Annual report on the mental hospital in the Central Provinces and Berar (Nagpur) - 1927-1951
Year: 1927
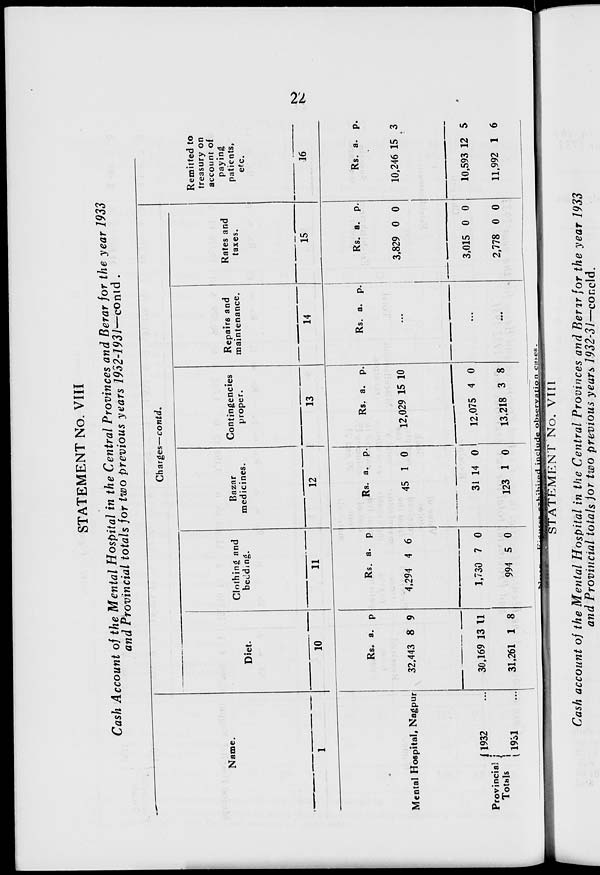
22
STATEMENT No. VIII
Cash Account of the Mental Hospital in the Central Provinces and Berar for the year 1933
and Provincial totals for two previous years 1932-1931—contd.
Name.
1
Mental Hospital, Nagpur
Provincial
Totals
1932 ...
1931 ...
Charges—contd.
Diet.
10
Rs.
32,443
30,169
31,261
a.
8
13
1
p
9
11
8
Clothing and
bedding.
11
Rs.
4,294
1,730
994
a.
4
7
5
p
6
0
0
Bazar
medicines.
12
Rs.
45
31
123
a.
1
14
1
p.
0
0
0
Contingencies
proper.
13
Rs.
12,029
12,075
13,218
a.
15
4
3
p.
10
0
8
Repairs and
maintenance.
14
Rs. a. p.
...
...
...
Rates and
taxes.
15
Rs.
3,829
3,015
2,778
a.
0
0
0
p.
0
0
0
Remitted to
treasury on
account of
paying
patients,
etc.
16
Rs.
10,246
10,593
11,992
a.
15
12
1
p.
3
5
6
NOTE.—Figures exhibited include observation cases.